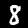
Digit: 8